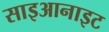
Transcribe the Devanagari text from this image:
साइआनाइट